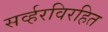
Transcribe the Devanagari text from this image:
सर्व्हरविरहित